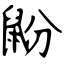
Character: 鼢